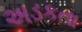
અડકતા